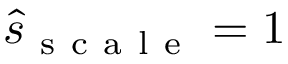
\hat { s } _ { \mathrm { ~ s ~ c ~ a ~ l ~ e ~ } } = 1